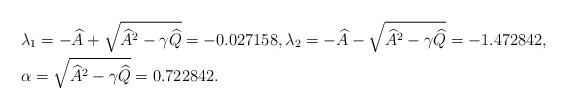
LaTeX: \begin{align*}&\lambda_1= -\widehat A+\sqrt{\widehat A^2 -\gamma \widehat Q }=-0.027158, \lambda_2= -\widehat A-\sqrt{\widehat A^2 -\gamma \widehat Q }=-1.472842,\\&\alpha= \sqrt{\widehat A^2-\gamma \widehat Q}=0.722842.\end{align*}